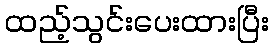
ထည့်သွင်းပေးထားပြီး